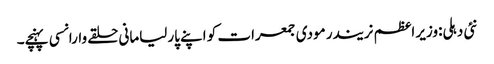
نئی دہلی:وزیر اعظم نریندر مودی جمعرات کو اپنے پارلیامانی حلقے وارانسی پہنچے۔